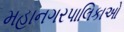
મહાનગરપાલિકાઓ